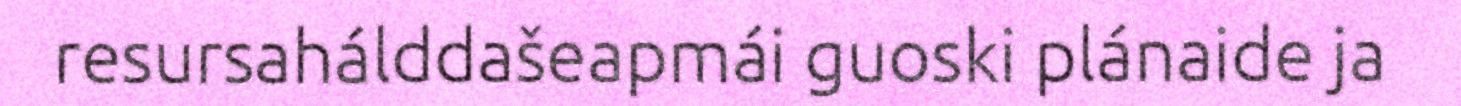
resursahálddašeapmái guoski plánaide ja